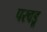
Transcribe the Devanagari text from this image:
परवडू